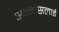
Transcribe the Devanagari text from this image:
अन्नासलाई